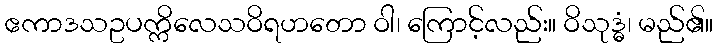
ဧကာဒသဥပက္ကိလေသဝိရဟတော ဝါ၊ ကြောင့်လည်း။ ဝိသုဒ္ဓံ၊ မည်၏။